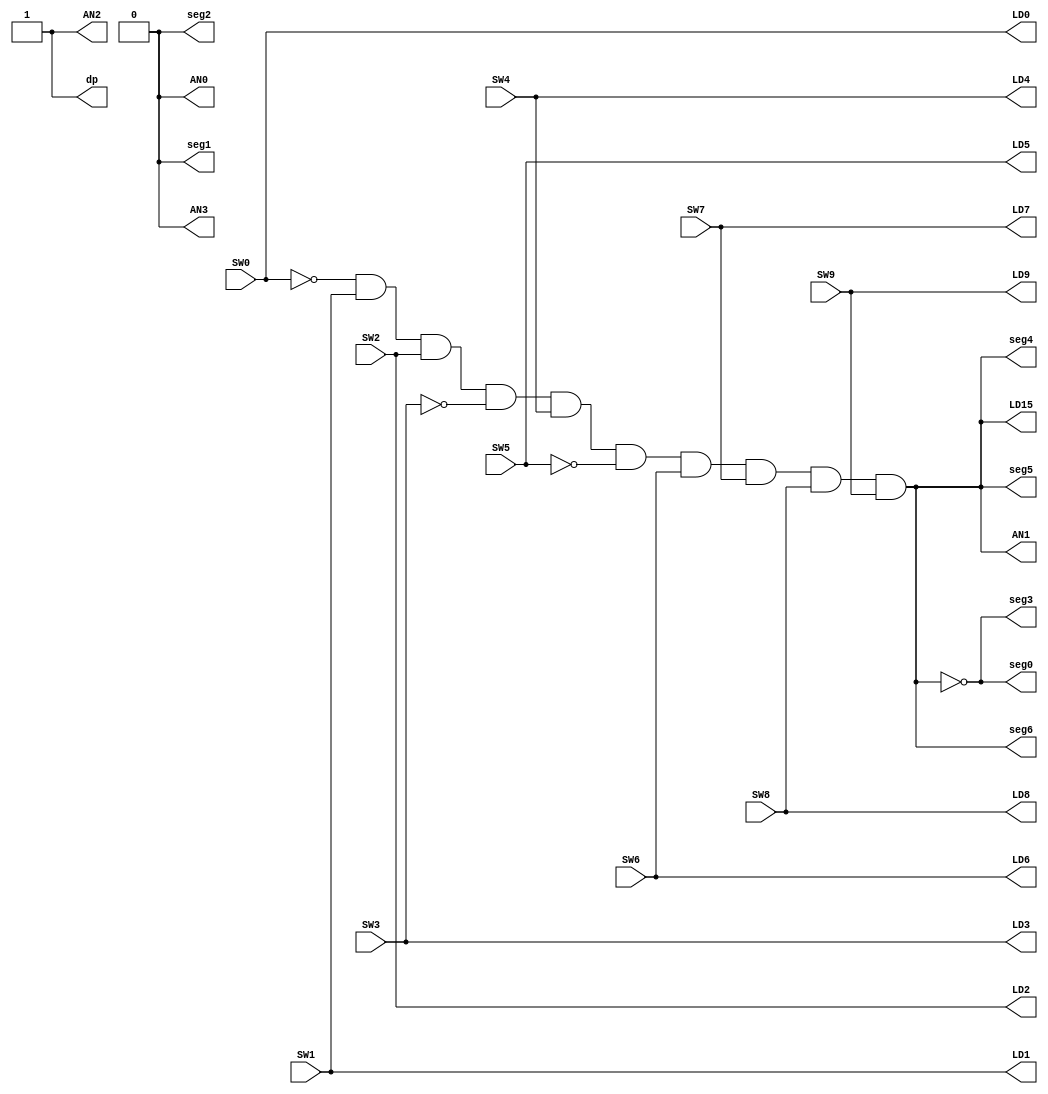
`timescale 1ns / 1ps
//////////////////////////////////////////////////////////////////////////////////
// Company: 
// Engineer: 
// 
// Design Name: 
// Module Name: lab1
// Project Name: 
// Target Devices: 
// Tool Versions: 
// Description: 
// 
// Dependencies: 
// 
// Revision:
// Revision 0.01 - File Created
// Additional Comments:
// 
//////////////////////////////////////////////////////////////////////////////////


module my_module (
    input SW0,
    input SW1,
    input SW2,
    input SW3,
    input SW4,
    input SW5,
    input SW6,
    input SW7,
    input SW8,
    input SW9,
    output LD0,
    output LD1,
    output LD2,
    output LD3,
    output LD4,
    output LD5,
    output LD6,
    output LD7,
    output LD8,
    output LD9,
    output LD15,
    output AN0,
    output AN1,
    output AN2,
    output AN3,
    output dp,
    output seg0,
    output seg1,
    output seg2,
    output seg3,
    output seg4,
    output seg5,
    output seg6
    );
    
    assign LD0 = SW0; 
    assign LD1 = SW1; 
    assign LD2 = SW2; 
    assign LD3 = SW3; 
    assign LD4 = SW4; 
    assign LD5 = SW5; 
    assign LD6 = SW6; 
    assign LD7 = SW7; 
    assign LD8 = SW8;
    assign LD9 = SW9; 
    
    
    //5 digits: 44121 => 1 2 4 
    //2nd rightmost numerical value: 2
    assign correct = ~SW0 & SW1 & SW2 & ~SW3 & SW4 & ~SW5 & SW6 & SW7 & SW8 & SW9;
    assign AN0 = 0;
    assign AN1 = correct;
    assign AN2 = 1;
    assign AN3 = 0; 
    
    //last alphabet: X => 1001000
    assign dp = 1;
    assign seg0 = ~correct;
    assign seg1 = 0;
    assign seg2 = 0;
    assign seg3 = ~correct;
    assign seg4 = correct;
    assign seg5 = correct;
    assign seg6 = correct;
    assign seg7 = correct;
    assign LD15 = correct;
    
endmodule